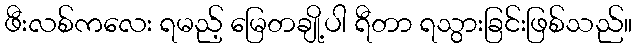
ဖီးလစ်ကလေး ရမည့် မြေတချို့ပါ ရီတာ ရသွားခြင်းဖြစ်သည်။